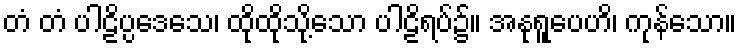
တံ တံ ပါဠိပ္ပဒေသေ၊ ထိုထိုသို့သော ပါဠိရပ်၌။ အနုရူပေဟိ၊ ကုန်သော။